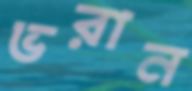
ভরান